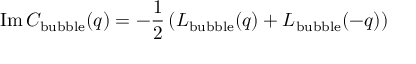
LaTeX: \mathrm { I m } \, C _ { \mathrm { b u b b l e } } ( q ) = - { \frac { 1 } { 2 } } \left( L _ { \mathrm { b u b b l e } } ( q ) + L _ { \mathrm { b u b b l e } } ( - q ) \right) \;